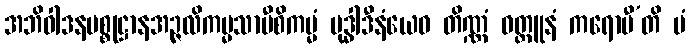
အဘိဝါဒနပစ္စုဋ္ဌာနအဉ္ဇလိကမ္မသာမီစိကမ္မံ ဗုဒ္ဓါဒီနံယေဝ တိဏ္ဏံ ဝတ္ထူနံ ကရောမီ’တိ မံ